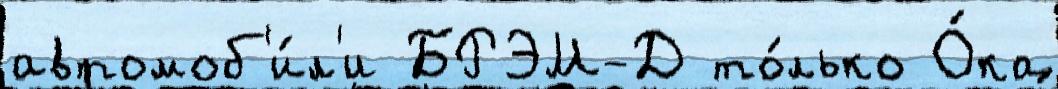
автомоб'и́л'и БРЭМ-Д то́лько О́ка